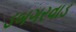
ડબગરવાડ